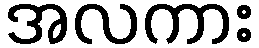
အလကား